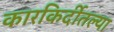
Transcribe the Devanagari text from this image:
कारकिर्दीतल्या